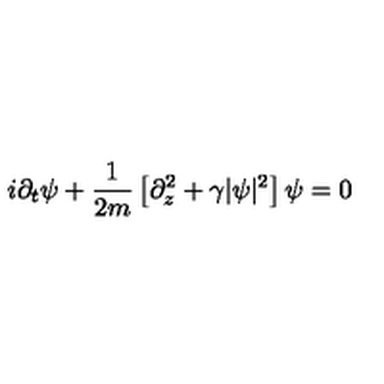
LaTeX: i \partial _ { t } \psi + \frac { 1 } { 2 m } \left[ \partial _ { z } ^ { 2 } + \gamma | \psi | ^ { 2 } \right] \psi = 0